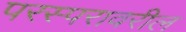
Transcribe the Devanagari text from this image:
परस्परावरील